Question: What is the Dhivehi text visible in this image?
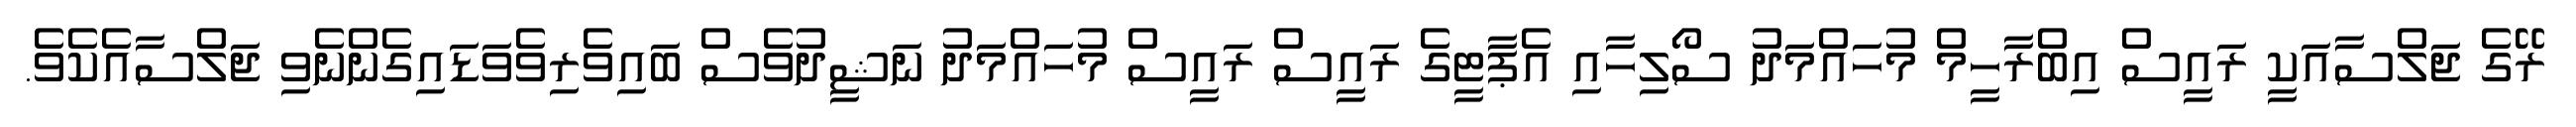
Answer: ރޭގެ ޖަލްސާއަކީ ރައީސް އިބްރާހީމް މުހައްމަދު ސޯލިހާއި އެޕާޓީގެ ރައީސް ރައީސް މުހައްމަދު ނަޝީދުވެސް ބައިވެރިވެވަޑައިގެންނެވި ޖަލްސާއެކެވެ.